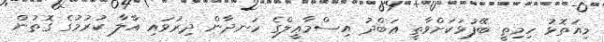
މިއަތޮޅު ހިމިތީ ބޭފުޅަކަށްވާތީ ޢަބްދު އިސްމާޢީލްގެ ހަނދާން ދިރުވައި އާލާ ކުރުމުގެ ގޮތުން